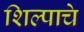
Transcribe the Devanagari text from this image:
शिल्पाचे